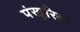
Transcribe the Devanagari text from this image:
पंखुरियां